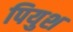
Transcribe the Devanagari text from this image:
पियुश